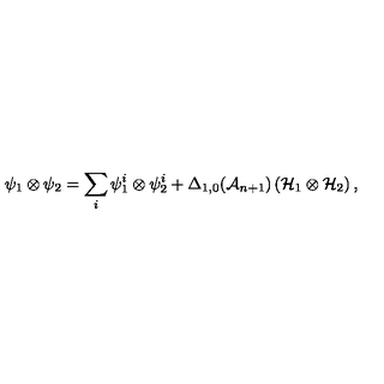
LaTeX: \psi _ { 1 } \otimes \psi _ { 2 } = \sum _ { i } \psi _ { 1 } ^ { i } \otimes \psi _ { 2 } ^ { i } + \Delta _ { 1 , 0 } ( { \cal A } _ { n + 1 } ) \left( { \cal H } _ { 1 } \otimes { \cal H } _ { 2 } \right) ,